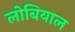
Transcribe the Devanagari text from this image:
लोबियाल